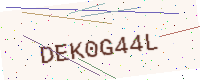
Text: DEK0G44L